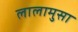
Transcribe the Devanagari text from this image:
लालामुसा